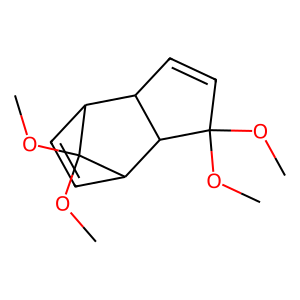
SMILES: COC1(OC)C=CC2C1C1C=CC2C1(OC)OC
Inhibits HIV replication: No